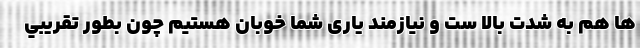
ها هم به شدت بالا ست و نیازمند یاری شما خوبان هستیم چون بطور تقريبي